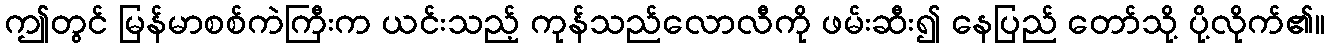
ဤတွင် မြန်မာစစ်ကဲကြီးက ယင်းသည့် ကုန်သည်လောလီကို ဖမ်းဆီး၍ နေပြည် တော်သို့ ပို့လိုက်၏။